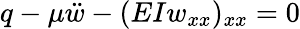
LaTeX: q-\mu{\ddot{w}}-(EIw_{xx})_{xx}=0